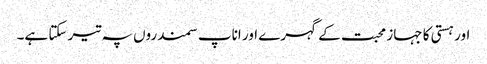
اور ہستی کا جہاز محبت کے گہرے اور اناپ سمندروں پہ تیر سکتا ہے۔